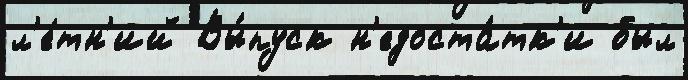
л'е́тн'ий Вы́пуск н'едоста́тк'и был